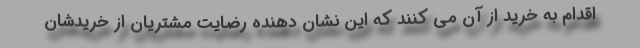
اقدام به خرید از آن می کنند که این نشان دهنده رضایت مشتریان از خریدشان